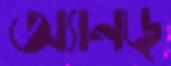
অ্যানড্